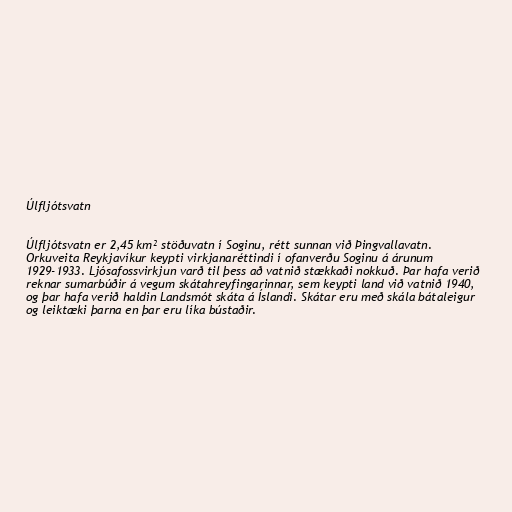
Úlfljótsvatn

Úlfljótsvatn er 2,45 km² stöðuvatn í Soginu, rétt sunnan við Þingvallavatn.
Orkuveita Reykjavíkur keypti virkjanaréttindi í ofanverðu Soginu á árunum
1929-1933. Ljósafossvirkjun varð til þess að vatnið stækkaði nokkuð. Þar hafa verið
reknar sumarbúðir á vegum skátahreyfingarinnar, sem keypti land við vatnið 1940,
og þar hafa verið haldin Landsmót skáta á Íslandi. Skátar eru með skála bátaleigur
og leiktæki þarna en þar eru líka bústaðir.